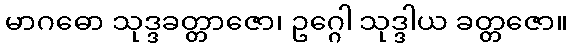
မာဂဓော သုဒ္ဒခတ္တာဇော၊ ဥဂ္ဂေါ သုဒ္ဒါယ ခတ္တဇော။